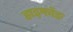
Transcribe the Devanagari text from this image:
हाइफॉङ